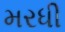
મરધી